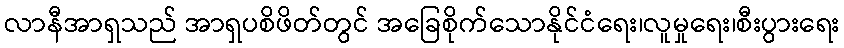
လာနီအာရှသည် အာရှပစိဖိတ်တွင် အခြေစိုက်သောနိုင်ငံရေး၊လူမှုရေး၊စီးပွားရေး